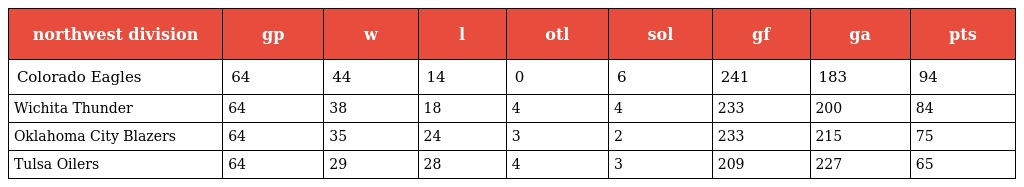
| northwest division | gp | w | l | otl | sol | gf | ga | pts |
 | --- | --- | --- | --- | --- | --- | --- | --- | --- |
 | Colorado Eagles | 64 | 44 | 14 | 0 | 6 | 241 | 183 | 94 |
 | Wichita Thunder | 64 | 38 | 18 | 4 | 4 | 233 | 200 | 84 |
 | Oklahoma City Blazers | 64 | 35 | 24 | 3 | 2 | 233 | 215 | 75 |
 | Tulsa Oilers | 64 | 29 | 28 | 4 | 3 | 209 | 227 | 65 |